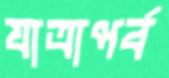
যাত্রাপর্ব